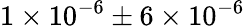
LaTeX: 1\times 10^{-6}\pm 6\times 10^{-6}